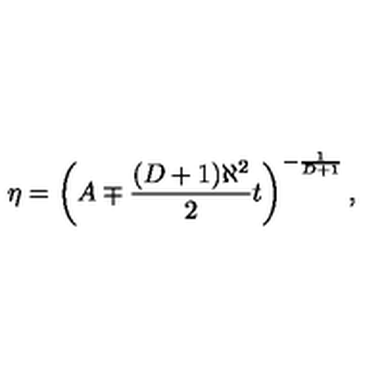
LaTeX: \eta = \left( A \mp \frac { ( D + 1 ) \aleph ^ { 2 } } { 2 } t \right) ^ { - \frac { 1 } { D + 1 } } ,